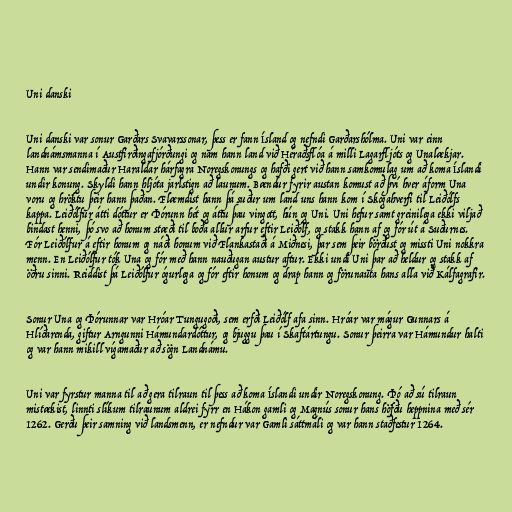
Uni danski

Uni danski var sonur Garðars Svavarssonar, þess er fann Ísland og nefndi Garðarshólma. Uni var einn
landnámsmanna í Austfirðingafjórðungi og nam hann land við Héraðsflóa á milli Lagarfljóts og Unalækjar.
Hann var sendimaður Haraldar hárfagra Noregskonungs og hafði gert við hann samkomulag um að koma Íslandi
undir konung. Skyldi hann hljóta jarlstign að launum. Bændur fyrir austan komust að því hver áform Una
voru og hröktu þeir hann þaðan. Flæmdist hann þá suður um land uns hann kom í Skógahverfi til Leiðólfs
kappa. Leiðólfur átti dóttur er Þórunn hét og áttu þau vingott, hún og Uni. Uni hefur samt greinilega ekki viljað
bindast henni, þó svo að honum stæði til boða allur arfur eftir Leiðólf, og stakk hann af og fór út á Suðurnes.
Fór Leiðólfur á eftir honum og náði honum við Flankastaði á Miðnesi, þar sem þeir börðust og missti Uni nokkra
menn. En Leiðólfur tók Una og fór með hann nauðugan austur aftur. Ekki undi Uni þar að heldur og stakk af
öðru sinni. Reiddist þá Leiðólfur ógurlega og fór eftir honum og drap hann og förunauta hans alla við Kálfagrafir.

Sonur Una og Þórunnar var Hróar Tungugoði, sem erfði Leiðólf afa sinn. Hróar var mágur Gunnars á
Hlíðarenda, giftur Arngunni Hámundardóttur, og bjuggu þau í Skaftártungu. Sonur þeirra var Hámundur halti
og var hann mikill vígamaður að sögn Landnámu.

Uni var fyrstur manna til að gera tilraun til þess að koma Íslandi undir Noregskonung. Þó að sú tilraun
mistækist, linnti slíkum tilraunum aldrei fyrr en Hákon gamli og Magnús sonur hans höfðu heppnina með sér
1262. Gerðu þeir samning við landsmenn, er nefndur var Gamli sáttmáli og var hann staðfestur 1264.